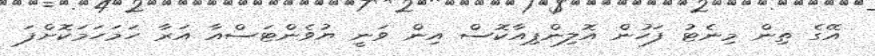
އޭގެ ތިން މިނެޓު ފަހުން އޮލިންޕިއާކޮސް އިން ވަނީ ޔުވެންޓަސްއާ އަރާ ހަމަހަމަކޮށްފަ